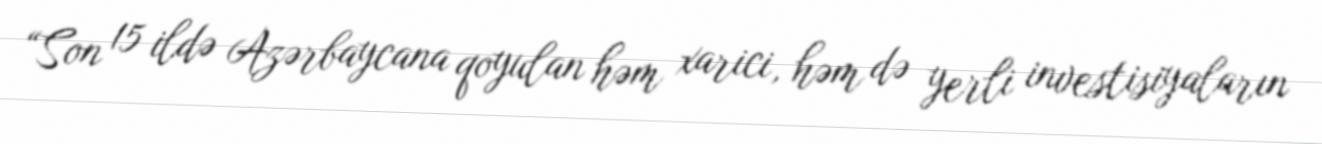
“Son 15 ildə Azərbaycana qoyulan həm xarici, həm də yerli investisiyaların